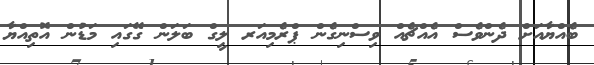
ބެއްޔާއަށް ދެންވެސް އެއްޗެއް ވިސްނިގެން ޕްރެމިއަރ ލީގް ބަލަން ގޭގައި މަޑުން އޮތިއްޔާ